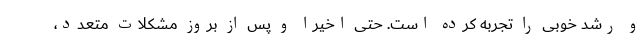
و رشد خوبی را تجربه کرده است. حتی اخیرا و پس از بروز مشکلات متعدد،